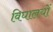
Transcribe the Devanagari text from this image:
विघालयों